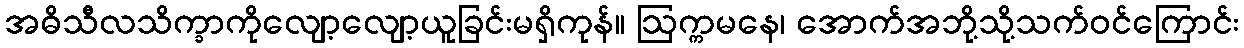
အဓိသီလသိက္ခာကိုလျော့လျော့ယူခြင်းမရှိကုန်။ ဩက္ကမနေ၊ အောက်အဘို့သို့သက်ဝင်ကြောင်း